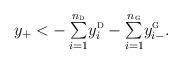
LaTeX: \begin{align*}y_+ <{{\textstyle{-\sum\limits_{i=1}^{n_{{\textsc{d}}}}} y_i^{\textsc{d}}}}-{{\textstyle{\sum\limits_{i=1}^{n_{{\textsc{g}}}}} y_{i-}^{\textsc{g}}}}.\end{align*}